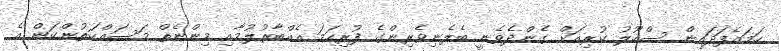
ހަމައެފަދައިން ސްކޫލު ކުރިއަށް ގެންދެވެނީ ބެލެނިވެރިންގެ ފުރިހަމަ އެއްބާރުލުމާއި މިންނެތް މަސައްކަތުންކަން އެ